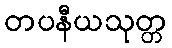
တပနီယသုတ္တ